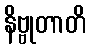
နိဗ္ဗုတာတိ